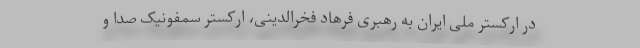
در ارکستر ملی ایران به رهبری فرهاد فخرالدینی، ارکستر سمفونیک صدا و